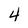
Character: 4